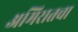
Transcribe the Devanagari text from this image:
अमिरातचा